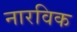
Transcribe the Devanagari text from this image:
नारविक